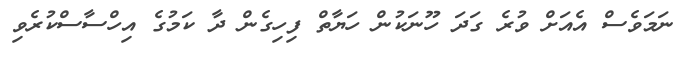
ނަމަވެސް އެއަށް ވުރެ ގަދަ ހޫނަކުން ހަޔާތް ފިހިގެން ދާ ކަމުގެ އިހްސާސްކުރެވި